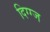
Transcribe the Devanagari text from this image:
दिग्ग्ज